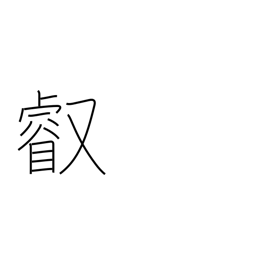
Meaning: imperial